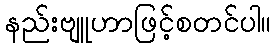
နည်းဗျူဟာဖြင့်စတင်ပါ။